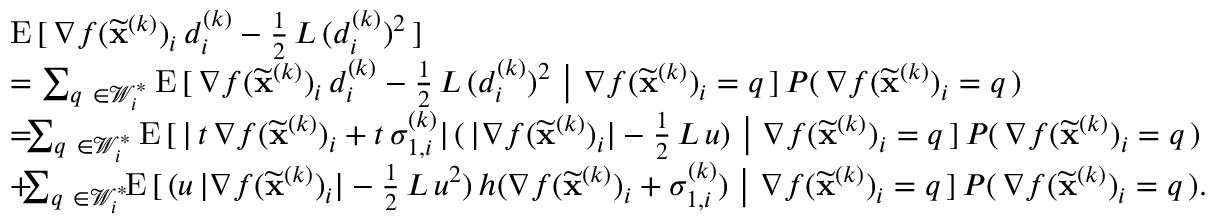
\begin{array} { r l } & { \mathrm { E } \, [ \, \nabla f ( \widetilde \mathbf { x } ^ { ( k ) } ) _ { i } \, d _ { i } ^ { ( k ) } - \frac { 1 } { 2 } \, L \, ( d _ { i } ^ { ( k ) } ) ^ { 2 } \, ] } \\ & { = \sum _ { q \ \in { \mathcal { W } } _ { i } ^ { \ast } } \mathrm { E } \, [ \, \nabla f ( \widetilde \mathbf { x } ^ { ( k ) } ) _ { i } \, d _ { i } ^ { ( k ) } - \frac { 1 } { 2 } \, L \, ( d _ { i } ^ { ( k ) } ) ^ { 2 } \ \big \vert \ \nabla f ( \widetilde \mathbf { x } ^ { ( k ) } ) _ { i } = q \, ] \, P ( \, \nabla f ( \widetilde \mathbf { x } ^ { ( k ) } ) _ { i } = q \, ) } \\ & { = \! \! \! \sum _ { q \ \in { \mathcal { W } } _ { i } ^ { \ast } } \mathrm { E } \, [ \, \vert \, t \, \nabla f ( \widetilde \mathbf { x } ^ { ( k ) } ) _ { i } + t \, \sigma _ { 1 , i } ^ { ( k ) } \vert \, ( \, \vert \nabla f ( \widetilde \mathbf { x } ^ { ( k ) } ) _ { i } \vert - \frac { 1 } { 2 } \, L \, u ) \ \big \vert \ \nabla f ( \widetilde \mathbf { x } ^ { ( k ) } ) _ { i } = q \, ] \, P ( \, \nabla f ( \widetilde \mathbf { x } ^ { ( k ) } ) _ { i } = q \, ) } \\ & { + \! \! \! \sum _ { q \ \in { \mathcal { W } } _ { i } ^ { \ast } } \! \! \mathrm { E } \, [ \, ( u \, \vert \nabla f ( \widetilde \mathbf { x } ^ { ( k ) } ) _ { i } \vert - \frac { 1 } { 2 } \, L \, u ^ { 2 } ) \, h ( \nabla f ( \widetilde \mathbf { x } ^ { ( k ) } ) _ { i } + \sigma _ { 1 , i } ^ { ( k ) } ) \ \big \vert \ \nabla f ( \widetilde \mathbf { x } ^ { ( k ) } ) _ { i } = q \, ] \, P ( \, \nabla f ( \widetilde \mathbf { x } ^ { ( k ) } ) _ { i } = q \, ) . } \end{array}